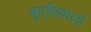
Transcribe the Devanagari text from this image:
बुद्धिवालों